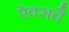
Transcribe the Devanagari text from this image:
ऐक्सचै